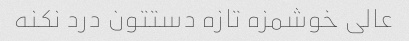
عالی خوشمزه تازه دستتون درد نکنه